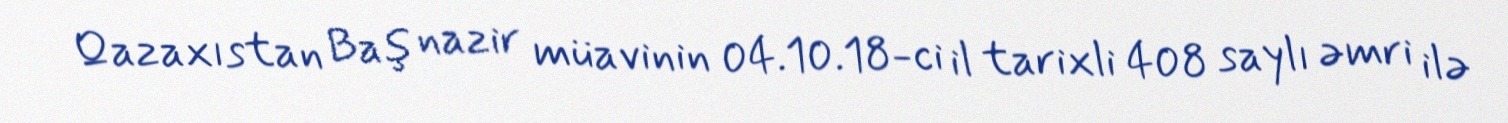
Qazaxıstan Baş nazir müavinin 04.10.18-ci il tarixli 408 saylı əmri ilə